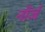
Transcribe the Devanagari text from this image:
नॉर्ज